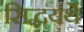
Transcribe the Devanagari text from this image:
सिद्धयर्थे